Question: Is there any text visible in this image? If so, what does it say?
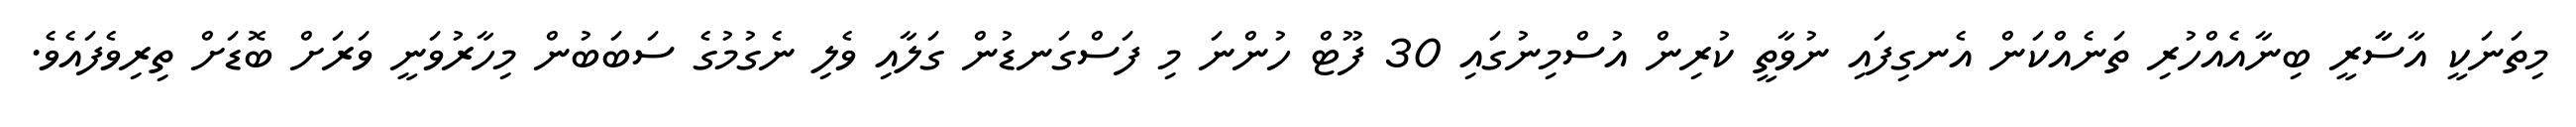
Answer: މިތަނަކީ އާސާާރީ ބިނާއެއްހުރި ތަނެއްކަން އެނގިފައި ނުވާތީ ކުރިން އުސްމިނުގައި 30 ފޫޓް ހުންނަ މި ފަސްގަނޑުން ގަލާއި ވެލި ނެގުމުގެ ސަބަބުން މިހާރުވަނީ ވަރަށް ބޮޑަށް ތިރިވެފައެވެ.